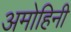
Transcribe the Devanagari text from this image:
अमोहिनी